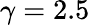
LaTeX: \gamma=2.5